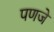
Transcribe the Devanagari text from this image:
पणजे